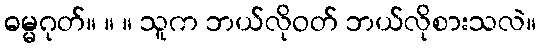
ဓမ္မဂုတ်။ ။ ။ သူက ဘယ်လိုဝတ် ဘယ်လိုစားသလဲ။